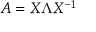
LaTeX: A = X \Lambda X ^ { - 1 }